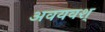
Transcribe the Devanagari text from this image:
अवयवश्